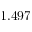
1 . 4 9 7